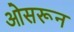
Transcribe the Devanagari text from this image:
ओसरून